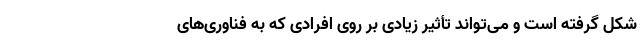
شکل گرفته است و می‌تواند تأثیر زیادی بر روی افرادی که به فناوری‌های